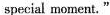
special moment."